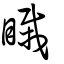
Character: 睵